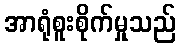
အာရုံစူးစိုက်မှုသည်